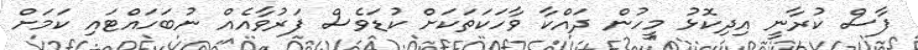
ފާސް ކުރާނީ އިދިކޮޅު މީހުން ދައްކާ ވާހަކަތަކަށް ކުޑަވެސް ފަރުވާއެއް ނުބަހައްޓައި ކަމަށް